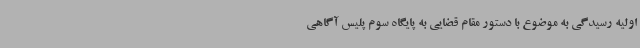
اولیه رسیدگی به موضوع با دستور مقام قضایی به پایگاه سوم پلیس آگاهی